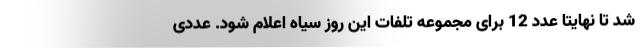
شد تا نهایتاً عدد 12 برای مجموعه تلفات این روز سیاه اعلام شود. عددی